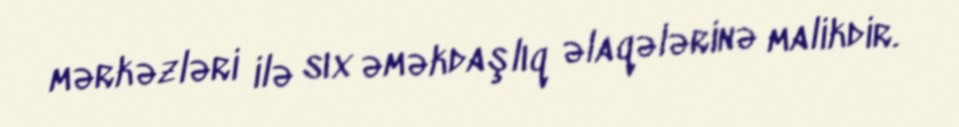
mərkəzləri ilə sıx əməkdaşlıq əlaqələrinə malikdir.